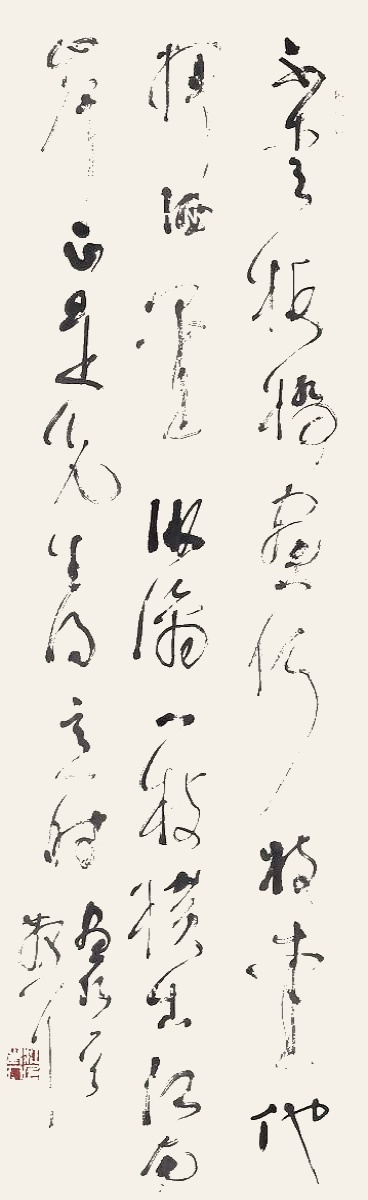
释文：不爱板桥画竹枝，爱他挥洒墨淋漓。一枝横出江南岸，正是先生得意时。画竹一首。散耳。